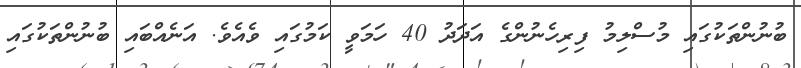
ބުނުންތަކުގައި މުސްލިމު ފިރިހެނުންގެ އަދަދު 40 ހަމަވީ ކަމުގައި ވެއެވެ. އަނެއްބައި ބުނުންތަކުގައި